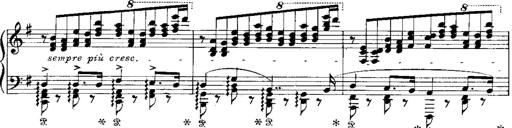
Title: RÃ©miniscences de Norma de Bellini
Composer: Franz Liszt